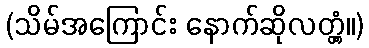
(သိမ်အကြောင်း နောက်ဆိုလတ္တံ့။)